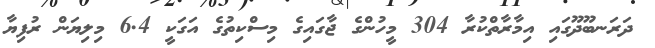
ދަރަނބޫދޫގައި އިމާރާތްކުރާ 304 މީހުންގެ ޖާގައިގެ މިސްކިތުގެ އަގަކީ 6.4 މިލިޔަން ރުފިޔާ